Annual report of the Punjab Veterinary College and of the Civil Veterinary Department, Punjab - 1909-1919
Year: 1909
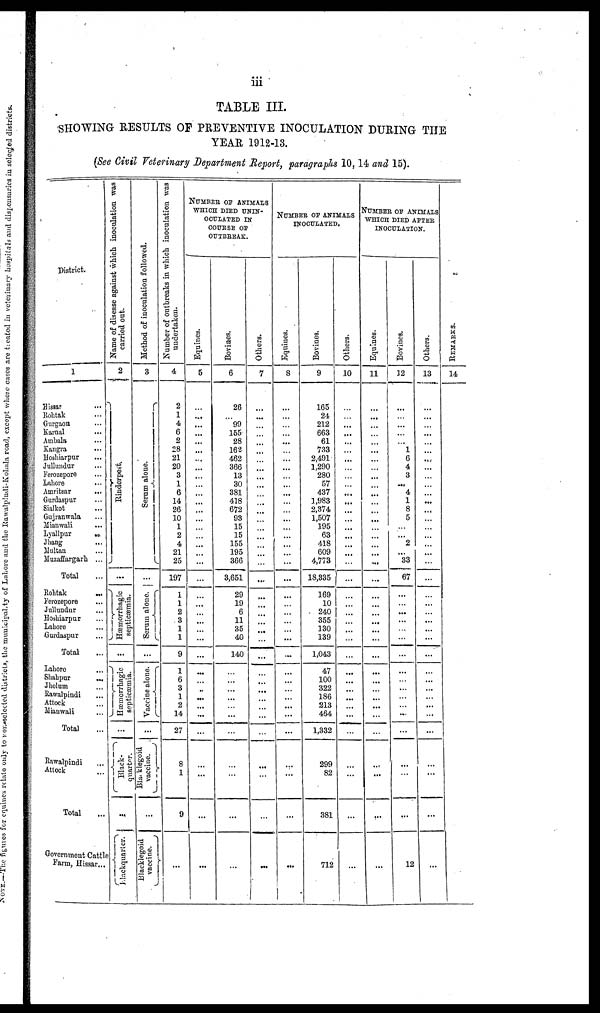
iii
TABLE III.
SHOWING RESULTS OF PREVENTIVE INOCULATION DURING THE
YEAR 1912-13.
(See Civil Veterinary Department Report, paragraphs 10, 14 and 15).
District.
1
Hissar ...
Rohtak ...
Gurgaon ...
Karnal ...
Ambala ...
Kangra ...
Hoshiarpur ...
Jullundur ...
Ferozepore ...
Lahore ...
Amritsar ...
Gurdaspur ...
Sialkot ...
Gujranwala ...
Mianwali ...
Lyallpur
...
Jhang ...
Multan ...
Muzaffargarh ...
Total
Rohtak ...
Ferozepore ...
Jullundur ...
Hoshiarpur ...
Lahore ...
Gurdaspur ...
Total
Lahore
Shahpur
...
Jhelum ...
Rawalpindi
Attock ...
Mianwali ...
Total
Rawalpindi
Attock ...
Total
Government Cattle
Farm, Hissar...
Name of disease against which inoculation was
rried out.
2
Rinderpest.
...
Hæinorrhagic
septicæmia.
...
Hæmorrhagic
septicæmia.
...
Black-
quarter.
...
Hackquarter.
Method
of inoculation followed.
3
Se r
um alone.
...
Serum alone.
...
Vaccine alone.
...
B
lacklegoid
vaccine.
...
Blacklegoid
vaccine.
Number
of outbreaks in which inoculation was
udertaken.
4
2
1
4
6
2
28
21
20
3
1
6
14
26
10
1
2
4
21
25
197
1
1
2
3
1
1
9
1
6
3
1
2
14
27
8
1
9
...
NUMBER OF ANIMALS
WHICH DIED UNIN-
OCULATED IN
COURSE OF
OUTBREAK.
Equines.
5
...
...
...
...
...
...
...
...
...
...
...
...
...
...
...
...
...
...
...
...
...
...
...
...
...
...
...
...
...
...
...
...
...
...
...
...
...
...
Bovines
6
26
...
99
155
28
162
462
366
13
30
381
418
672
93
15
15
155
195
366
3,651
29
19
6
11
35
40
140
...
...
...
...
...
...
...
...
...
...
...
Others.
7
...
...
...
...
...
...
...
...
...
...
...
...
...
...
...
...
...
...
...
...
...
...
...
...
...
...
...
...
...
...
...
...
...
...
...
...
...
NUMBER OF ANIMALS
INOCULATED.
Equines.
8
...
...
...
...
...
...
...
...
...
...
...
...
...
...
...
...
...
...
...
...
...
...
...
...
...
...
...
Bovines
9
165
24
212
663
61
733
2,491
1,290
280
57
437
1,983
2,374
1,507
195
63
418
609
4,773
18,335
169
10
240
355
130
139
1,043
47
100
322
186
213
464
1,332
299
82
381
712
Others
10
...
...
...
...
...
...
...
...
...
...
...
...
...
...
...
...
...
...
...
...
...
...
...
...
...
...
...
...
...
...
...
...
...
...
...
...
...
...
NUMBER OF ANIMALS
WHICH DIED AFTER
INOCULATION.
Equines
11
...
...
...
...
...
......
...
...
...
...
...
...
...
...
...
...
...
...
...
...
...
...
...
...
...
...
...
...
...
...
...
...
...
...
...
...
...
...
Bovines.
12
...
...
...
...
...
1
6
4
3
...
4
1
8
5
...
2
33
67
...
...
...
......
...
...
...
...
...
...
...
...
....
...
...
...
...
12
Others.
13
...
...
...
...
...
...
...
...
...
...
...
...
...
...
...
...
...
...
...
...
...
...
...
...
...
...
...
...
...
...
...
..
REMARKS.
14